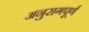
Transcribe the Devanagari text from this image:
अनुरागपूर्ण